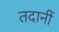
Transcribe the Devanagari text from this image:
तदानीं